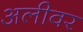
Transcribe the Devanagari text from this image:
अलीवर